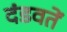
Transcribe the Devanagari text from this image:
दंडवतें